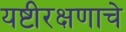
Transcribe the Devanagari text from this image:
यष्टीरक्षणाचे